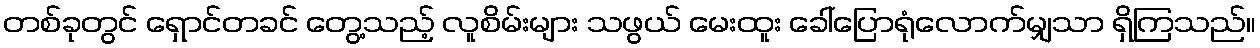
တစ်ခုတွင် ရှောင်တခင် တွေ့သည့် လူစိမ်းများ သဖွယ် မေးထူး ခေါ်ပြောရုံလောက်မျှသာ ရှိကြသည်။